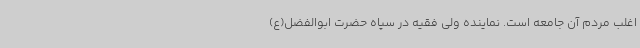
اغلب مردم آن جامعه است. نماینده ولی فقیه در سپاه حضرت ابوالفضل(ع)